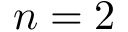
n = 2